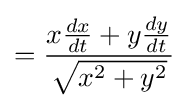
={\frac {x{\frac {dx}{dt}}+y{\frac {dy}{dt}}}{\sqrt {x^{2}+y^{2}}}}